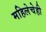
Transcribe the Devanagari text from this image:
महिलेचेही